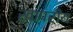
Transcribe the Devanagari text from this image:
खापरीय